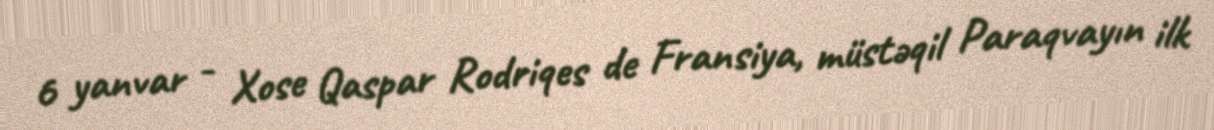
6 yanvar - Xose Qaspar Rodriqes de Fransiya, müstəqil Paraqvayın ilk